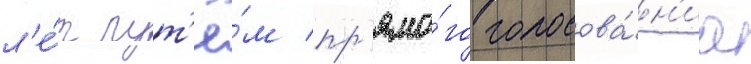
л'е́т пут'ё́м пр'ямо́го голосова́н'иа